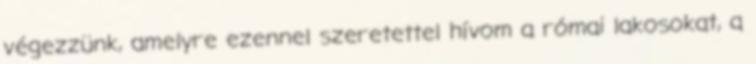
végezzünk, amelyre ezennel szeretettel hívom a római lakosokat, a